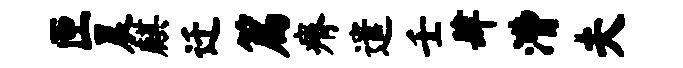
匣晨麒迁篇瘠遣壬肆漕夫